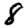
Digit: 8